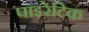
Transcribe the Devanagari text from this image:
पाइरेटिक